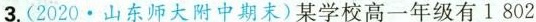
3.(2020·山东师大附中期末)某学校高一年级有1 802